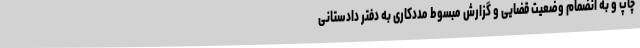
چاپ و به انضمام وضعیت قضایی و گزارش مبسوط مددکاری به دفتر دادستانی